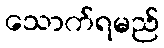
သောက်ရမည်